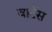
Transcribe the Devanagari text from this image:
वार्टस